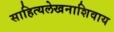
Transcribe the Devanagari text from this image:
साहित्यलेखनाशिवाय